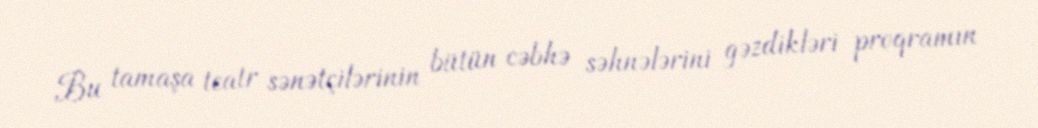
Bu tamaşa teatr sənətçilərinin bütün cəbhə səhnələrini gəzdikləri proqramın